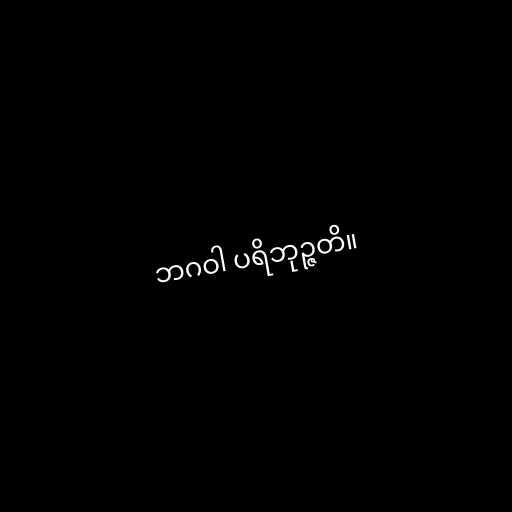
ဘဂဝါ ပရိဘုဉ္ဇတိ။